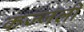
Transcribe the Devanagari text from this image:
कज्‍जली